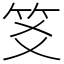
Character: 笅